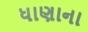
ધાણાના